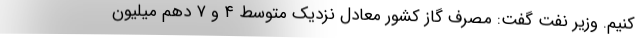
کنیم. وزیر نفت گفت: مصرف گاز کشور معادل نزدیک متوسط ۴ و ۷ دهم میلیون